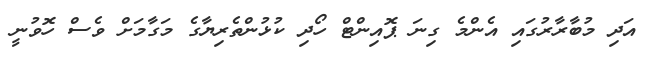
އަދި މުބާރާރުގައި އެންމެ ގިނަ ޕޮއިންޓް ހޯދި ކުޅުންތެރިޔާގެ މަގާމަށް ވެސް ހޮވުނީ